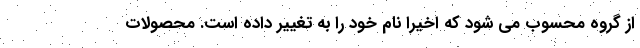
از گروه محسوب می شود که اخیرا نام خود را به تغییر داده است. محصولات